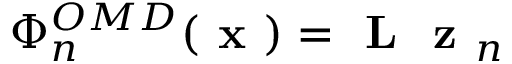
\Phi _ { n } ^ { O M D } ( \textbf { x } ) = \textbf { L } \textbf { z } _ { n }